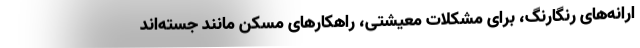
ارانه‌های رنگارنگ، برای مشکلات معیشتی، راهکارهای مُسَکن مانند جسته‌اند